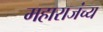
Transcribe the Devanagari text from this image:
महाराजंच्य